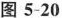
图5-20